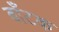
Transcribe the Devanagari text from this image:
बाँटक